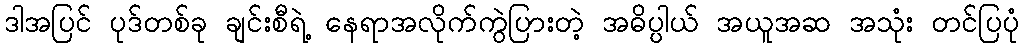
ဒါအပြင် ပုဒ်တစ်ခု ချင်းစီရဲ့ နေရာအလိုက်ကွဲပြားတဲ့ အဓိပ္ပါယ် အယူအဆ အသုံး တင်ပြပုံ